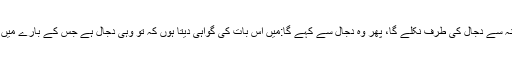
رسول اکرم صلی اللہ علیہ وسلم کے شہریعنی مدینہ سے دجال کی طرف نکلے گا، پھر وہ دجال سے کہے گا:میں اس بات کی گواہی دیتا ہوں کہ تو وہی دجال ہے جس کے بارے میں رسول اکرم صلی اللہ علیہ وسلم نے ہمیں بتایاہے۔